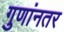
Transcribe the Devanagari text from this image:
गुणांनतर